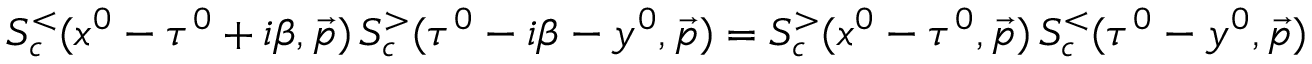
S _ { c } ^ { < } ( x ^ { 0 } - \tau ^ { 0 } + i \beta , \vec { p } ) \, S _ { c } ^ { > } ( \tau ^ { 0 } - i \beta - y ^ { 0 } , \vec { p } ) = S _ { c } ^ { > } ( x ^ { 0 } - \tau ^ { 0 } , \vec { p } ) \, S _ { c } ^ { < } ( \tau ^ { 0 } - y ^ { 0 } , \vec { p } )